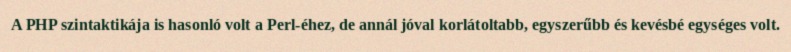
A PHP szintaktikája is hasonló volt a Perl-éhez, de annál jóval korlátoltabb, egyszerűbb és kevésbé egységes volt.